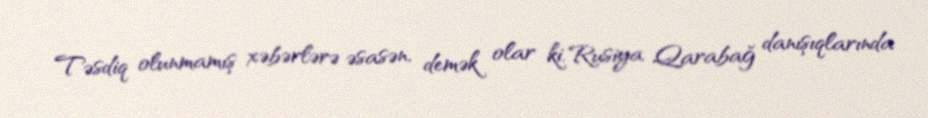
Təsdiq olunmamış xəbərlərə əsasən, demək olar ki, Rusiya Qarabağ danışıqlarında